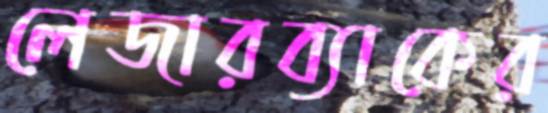
লেজারব্যাকের